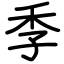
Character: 季